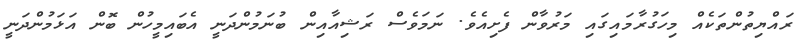
ރައްޔިތުންތަކެއް މިހަގުރާމައިގައި މަރުވާން ފެށިއެވެ. ނަމަވެސް ރަޝިއާއިން ބުނަމުންދަނީ އެބައިމީހުން ބޮން އަޅަމުންދަނީ